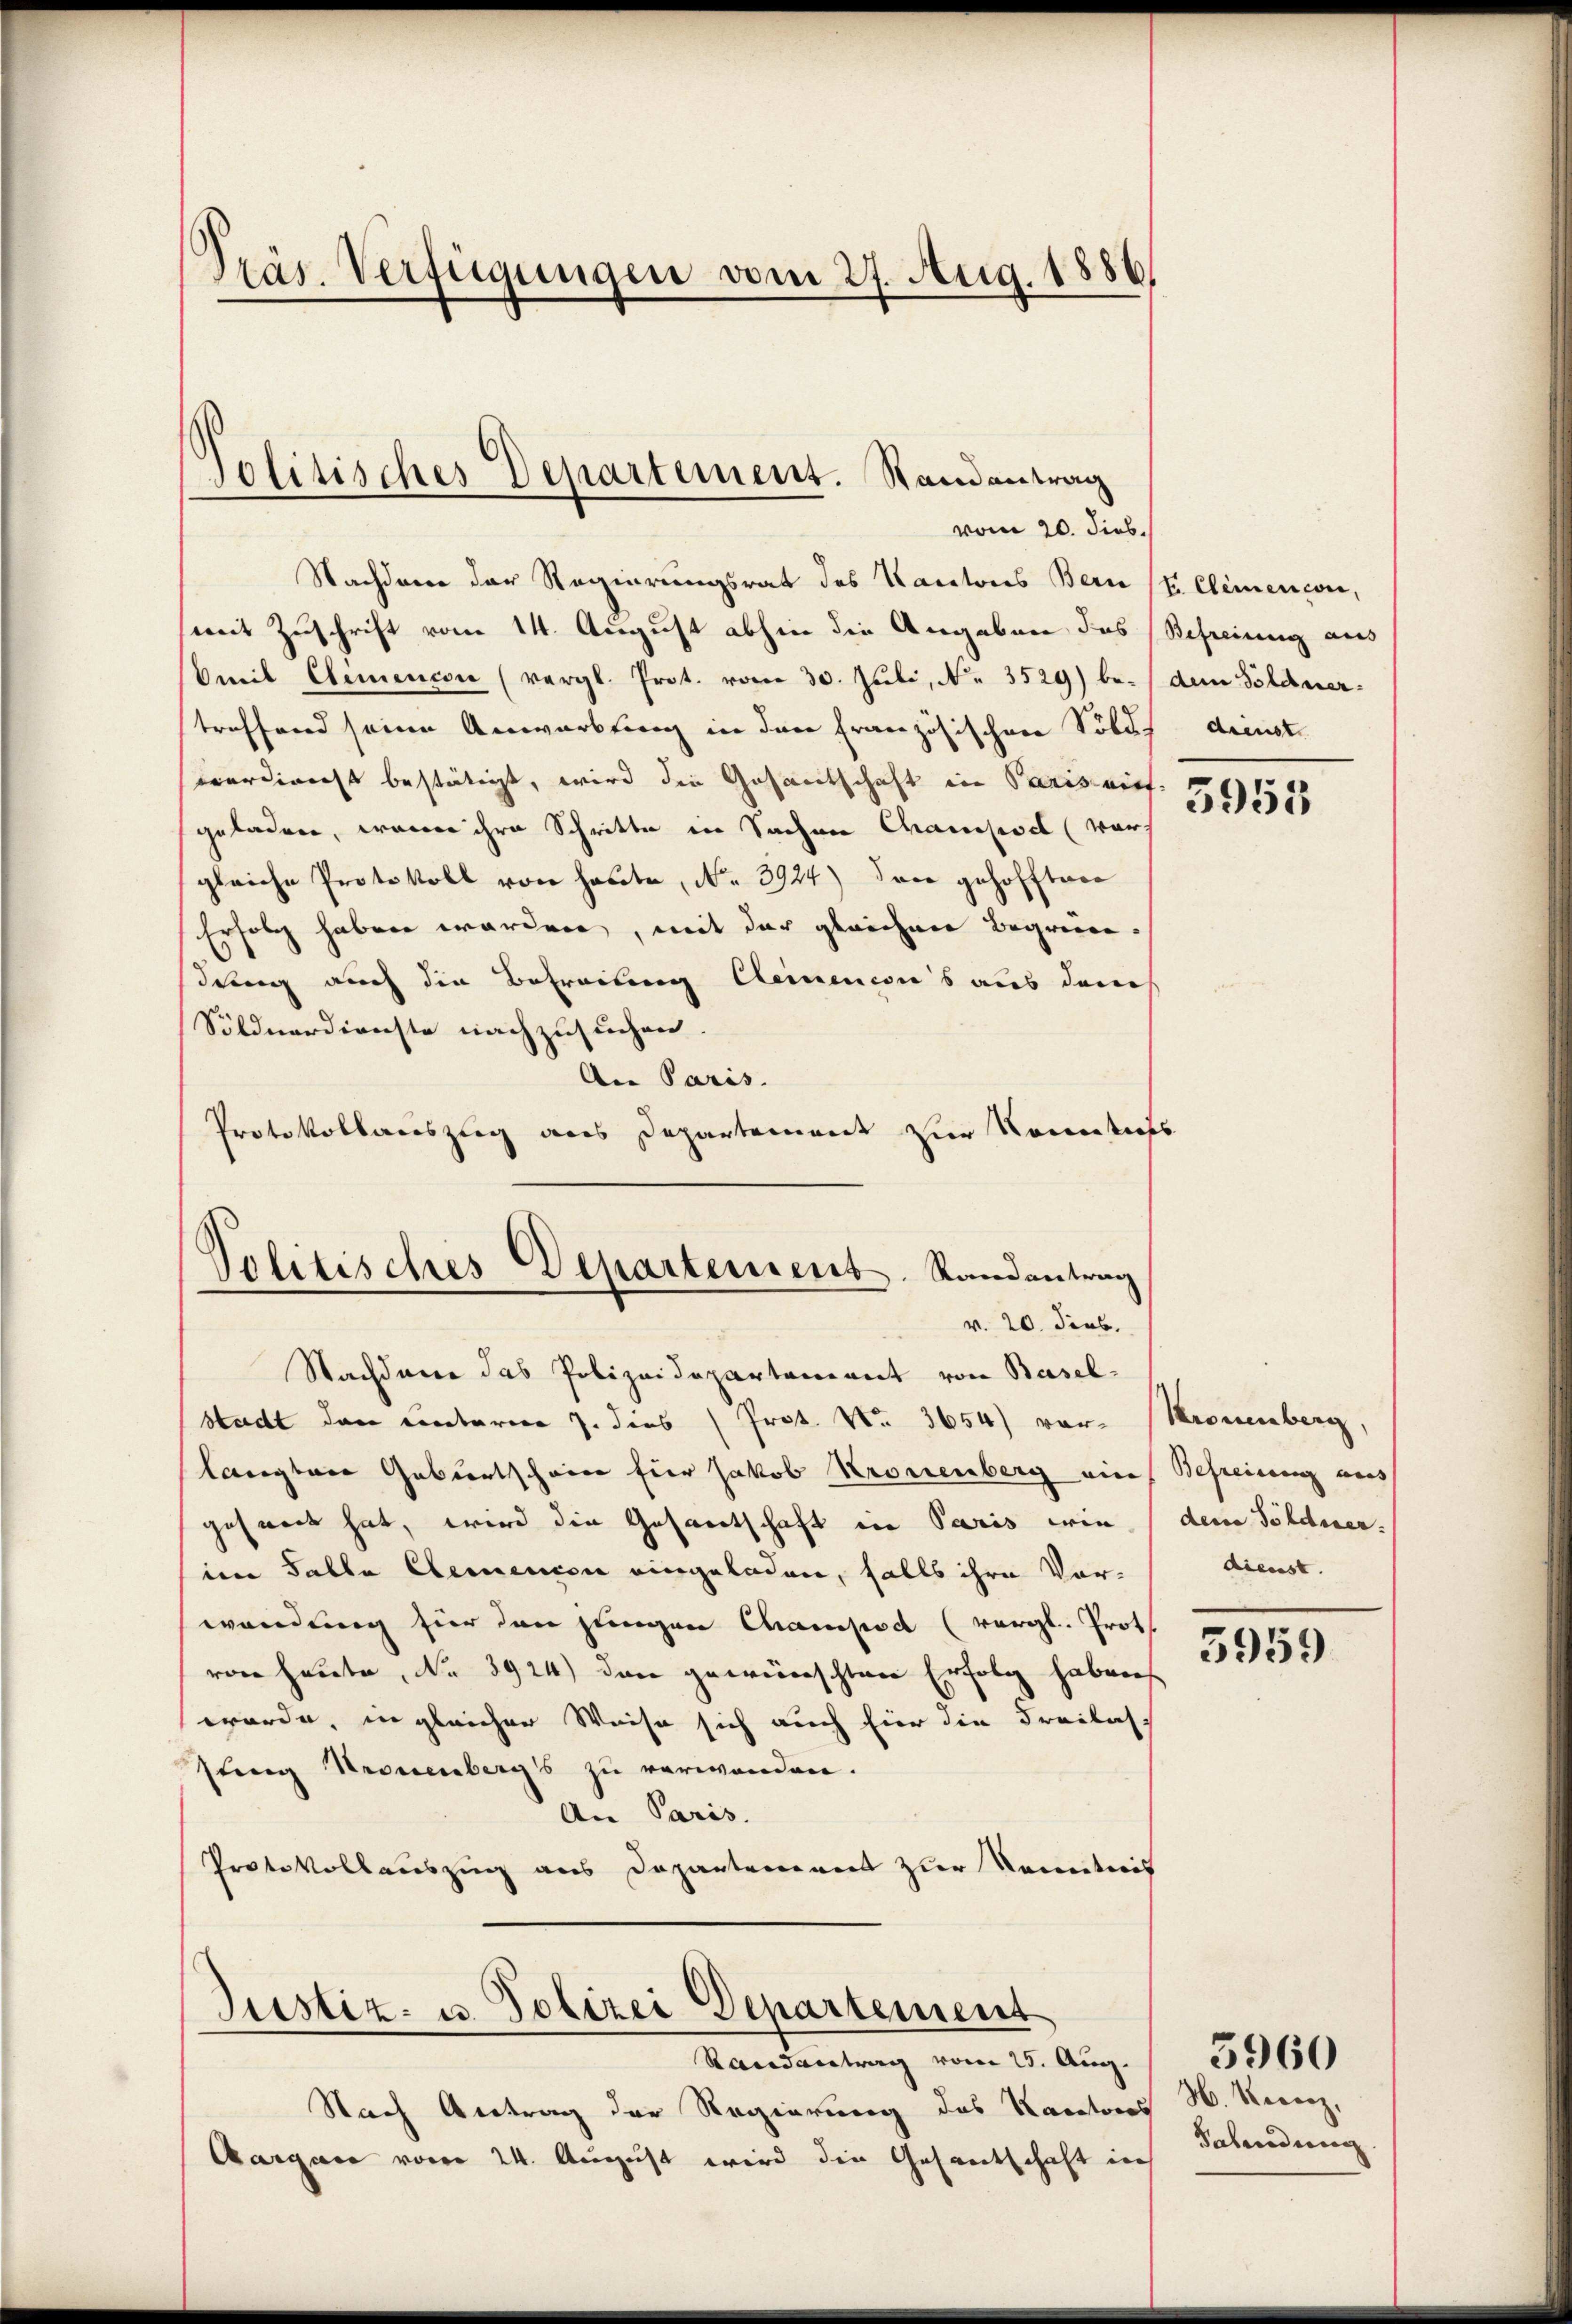
Präs. Verfügungen vom 27. Aug. 1886.

Jolitisches Departement. Randantrag
vom 20. dies.

Nachdem der Regierungsrat des Kantons Bern
mit Zuschrift vom 14. August abhin die Angaben des Befreiung aus
Omil Clemencon (vergl. Prot. vom 30. Juli, Nr. 3529) be- dem Söldnertreffend seine Anwartung in der Französischen Solus dienste
verdinicht bestätigt, wird die Gesantschaft in Paris nief.
geladen, wenn ihre Schritte in Sachen Charchsel (war
gleiche Protokoll von heute, No 3924) Jace gehofftere
Erfolg haben worden, mit der gleichen Begründung auch die Befreiung Cleinenesis aus denes
Söldnerdienste nachzusuchen.
An Paris.
Protokollauszug aus Departement zur Namentich
Politisches Departement. Randantrag
v. 20. Jeus.
Nachdaere das Polizeidepartement von Basel-
Stadt den einterer J. dies (Prot. No. 3654) vor-
lagbare Gebertschien für Jakob Kronenberg eine
gehnet hat, wird die Gespertschaft ein Paris wie
im Falle Elemension eingeladen, falls ihre Vorwendung für den jungen Champod (vergl. Prot
von heute No 3924) den gewünschten Erfolg haben
werde, in gleicher Weise sich auch hier die Freilassling Kronenbergs zu verwanden.
An Paris.
Protokollauszug aus Departement zur Kenntnis

Justiz- u. Polizei Departement
Randantrag vom 25. Aug.

Nach Vertrag der Regierung des Kantons
Aargare vom 24. August wird die Gesantschaft in

F. Clemenconi,

5955

Kronenberg,
Befreisen aus
dene Söldner.
dienst.

5959

H. Recenz,
Fahndung.

3960